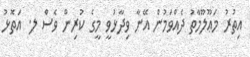
އިތުރު މަޢޫލޫމާތު ދެއްވަމުން އޭނާ ވިދާޅުވީ މީގެ ކުރިން ވެސް ލ. އަތޮޅު